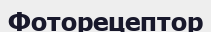
Фоторецептор